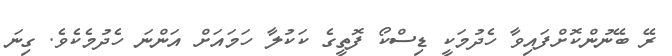
ރޭ ބޭނުންކޮށްފައިވާ ހެދުމަކީ ޑިސްކޯ ފޮތީގެ ކަކުލާ ހަމައަށް އަންނަ ހެދުމެކެވެ. ގިނަ